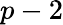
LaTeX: p-2